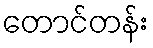
တောင်တန်း